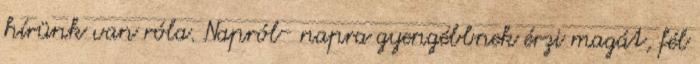
hírünk van róla. Napról- napra gyengébbnek érzi magát, fél